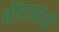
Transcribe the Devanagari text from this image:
बोंडामध्ये